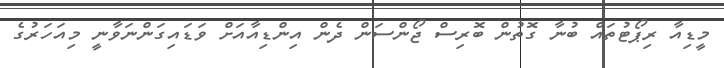
މީޑިއާ ރިޕޯޓުތައް ބުނާ ގޮތުން ބޮރިސް ޖޯންސަން ދެން އިންޑިއާއަށް ވަޑައިގަންނަވާނީ މިއަހަރުގެ